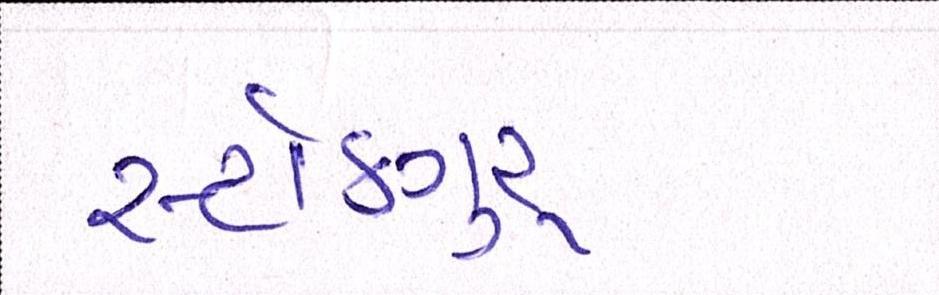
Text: સ્ટોકગુરૃ